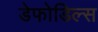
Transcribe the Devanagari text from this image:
डेफोडिल्स